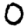
Digit: 0